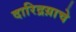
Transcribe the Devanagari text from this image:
दारिद्रय़ाचे